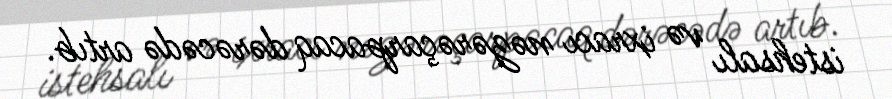
istehsalı və ixracı nəzərəçarpacaq dərəcədə artıb.